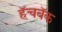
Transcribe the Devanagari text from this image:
हॅचबॅक